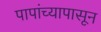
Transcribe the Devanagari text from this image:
पापांच्यापासून